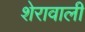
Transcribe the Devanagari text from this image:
शेरावाली